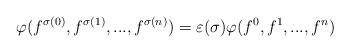
\begin{align*}\varphi (f^{\sigma (0)} , f^{\sigma (1)} ,..., f^{\sigma (n)}) = \varepsilon(\sigma) \varphi (f^0 , f^1 ,..., f^n) \end{align*}